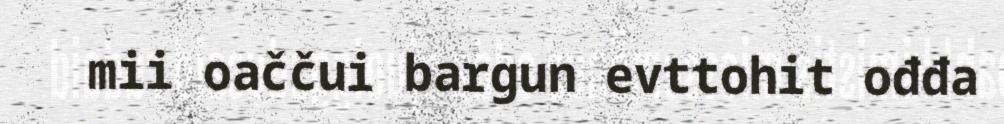
mii oaččui bargun evttohit ođđa